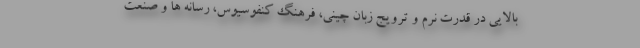
بالایی در قدرت نرم و ترویج زبان چینی، فرهنگ کنفوسیوس، رسانه ها و صنعت